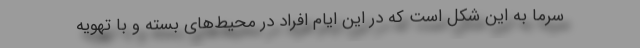
سرما به این شکل است که در این ایام افراد در محیط‌های بسته و با تهویه